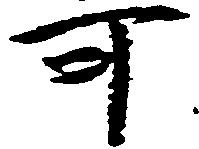
可